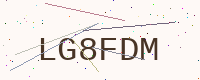
Text: LG8FDM